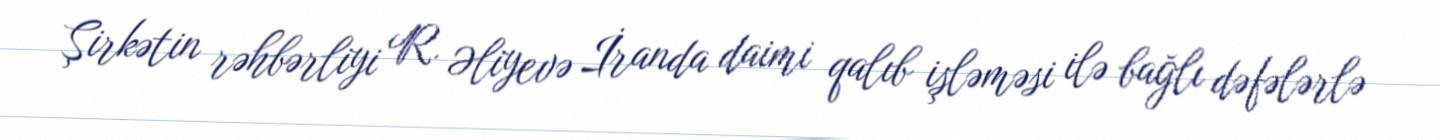
Şirkətin rəhbərliyi R. Əliyevə İranda daimi qalıb işləməsi ilə bağlı dəfələrlə